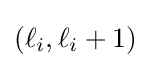
(\ell _{i},\ell _{i}+1)